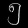
Digit: ၅